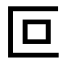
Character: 叵